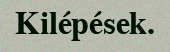
Kilépések.